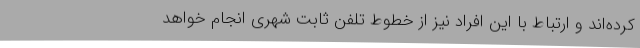
کرده‌اند و ارتباط با این افراد نیز از خطوط تلفن ثابت شهری انجام خواهد